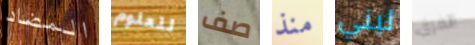
المضاد للعلوم صف منذ ليني الفرق